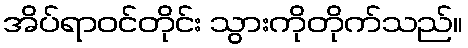
အိပ်ရာဝင်တိုင်း သွားကိုတိုက်သည်။